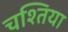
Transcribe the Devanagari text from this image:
चश्तिया